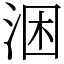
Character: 涃